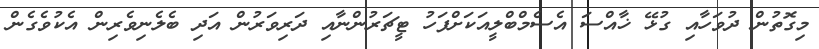
މިގޮތުން ދުވަހާއި ގުޅޭ ޚާއްސަ އެސެމްބްލީއަކަށްފަހު ޓީޗަރުންނާއި ދަރިވަރުން އަދި ބެލެނިވެރިން އެކުވެގެން